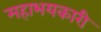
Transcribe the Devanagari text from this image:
महाभयकारी